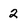
Character: 2